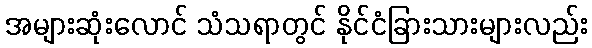
အများဆုံးလောင် သံသရာတွင် နိုင်ငံခြားသားများလည်း